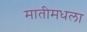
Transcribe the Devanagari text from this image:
मातीमधला